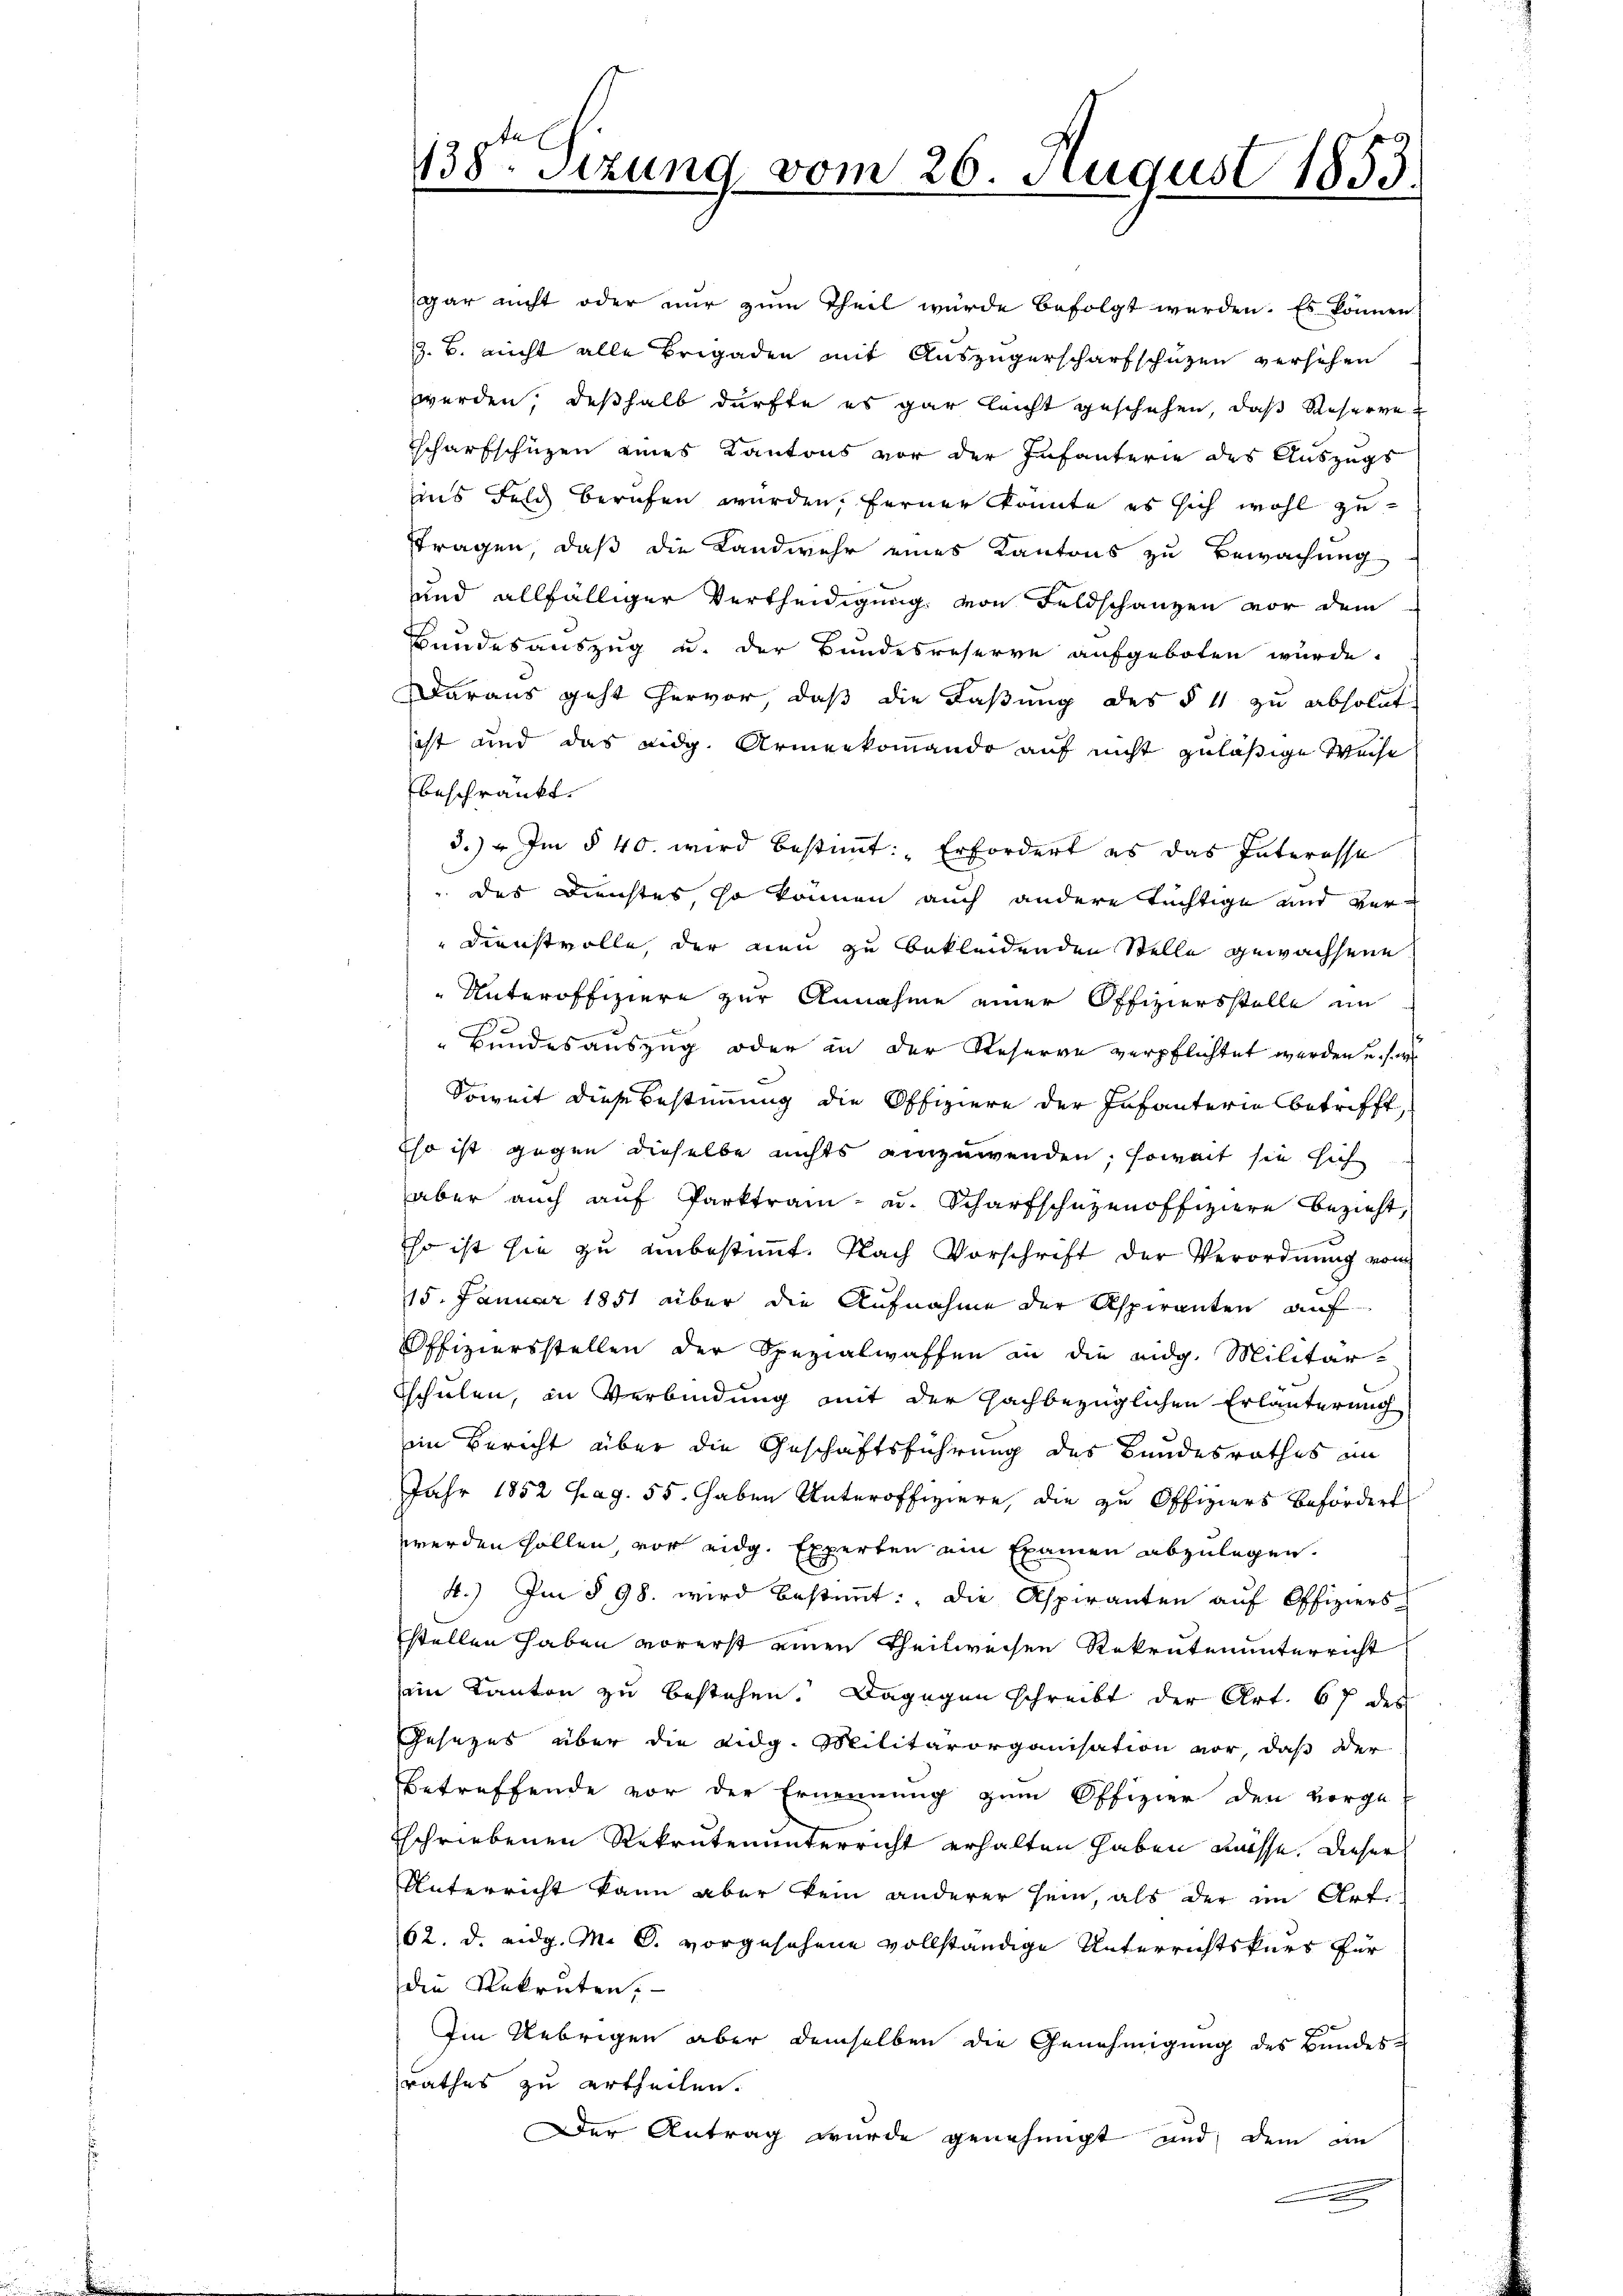
138ten Sizung vom 26. August 1853.

gar nicht oder nur zum Theil würde befolgt werden. Es können
z. B. nicht alle Brigaden mit Auszügerscharfschüzen versehen
werden, deßhalb dürfte es gar leicht geschehen, daß Reserve-
scharfschüzen eines Kantons vor der Infanterie des Auszugs
uns Feld berufen wurden, ferner konnte es sich wohl zu
tragen, daß die Landwehr eines Kantons zu Bewachung
und allfälliger Vertheidigung von Feldschanzen vor dem
Bundesauszug u. der Bundesreserve aufgeboten wurde.
Daraus geht hervor, daß die Faßung des § 11 zu absolut
ist und das eidg. Armenkommando auf nicht zuläßige Weise
beschränkt.
d.) Im § 40. wird bestimmt: „Erfordert es das Interesse
 des Dienstes, so können auch andere tüchtige und ver¬
Dienstvolle, der neu zu bekleidenden Stelle gewachsene
Unteroffiziere zur Annahme einer Offiziersstelle im
"Bundesauszug oder in der Reserve verpflichtet werden u. se
Soweit diese Bestimmung die Offiziere der Infanterie betrifft,
Eso ist gegen dieselbe nichts einzuwenden, soweit sie sich
aber auch auf Parktrain- u. Scharfschüzenoffiziere bezieht,
so ist sie zu unbestimmt. Nach Vorschrift der Verordnŭng vom
15. Januar 1851 aber die Aufnahme der Aspiranten auf
Offiziersstellen der Spezialwaffen in die eidg. Militär-
schulen, in Verbindung mit der Hachbezüglichen Erläuterung
in Bericht über die Geschäftsführung des Bundesrathes in
Jahr 1852 pag. 55. haben Unteroffiziere, die zu Offiziers befördert
werden sollen, vor eidg. Experten ein Examen abzulegen.
4.) Im § 98. wird bestimmt: „Die Aspiranten aŭf Offiziers-
stellen haben vorerst einen Theilweisen Rekrutenunterricht
sein Kanton zu bestehen. Dagegen schreibt der Art. 67 des
Gesezes über die Lidg. Militärorganisation vor, daß der
Betreffende vor der Ernennung zum Offizier den vorgetschriebenen Rekrutenunterricht erhalten haben müsse. Dieser
Unterricht kann aber kein anderer sein, als der im Art
62. d. eidg. M. C. vorgesehene vollständige Unterrichtskurs für
die Rekruten,
Im Uebrigen aber demselben die Genehmigung des Bundes-
rathes zu ertheilen.
Der Antrag wurde genehmigt und dem in
e